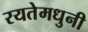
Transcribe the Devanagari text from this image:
रयतेमधुनी